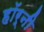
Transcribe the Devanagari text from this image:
हॉर्नी